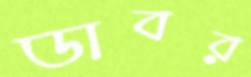
ডাবর